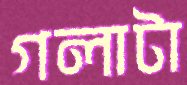
গলাটা